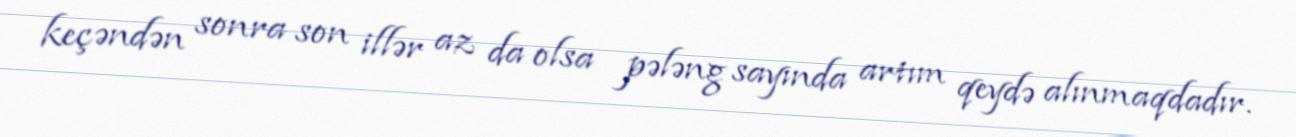
keçəndən sonra son illər az da olsa pələng sayında artım qeydə alınmaqdadır.